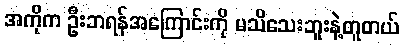
အကိုက ဦးဘရန်အကြောင်းကို မသိသေးဘူးနဲ့တူတယ်